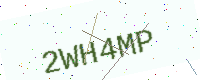
Text: 2WH4MP